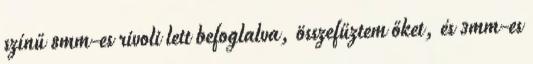
színű 8mm-es rivoli lett befoglalva, összefűztem őket, és 3mm-es